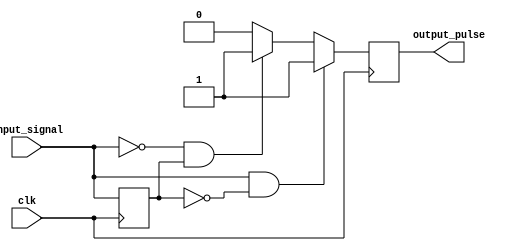
module pulse_edge_detector (
    input wire clk,               // Clock signal
    input wire input_signal,      // Input signal to detect edges
    output reg output_pulse       // Output pulse for one clock cycle on edge detection
);

    // Memory block to store the previous state of input_signal
    reg previous_state;

    // Edge detection logic
    always @(posedge clk) begin
        // Capture the current input signal
        if (input_signal && !previous_state) begin
            // Rising edge detected
            output_pulse <= 1'b1;    // Generate pulse for one clock cycle
        end else if (!input_signal && previous_state) begin
            // Falling edge detected
            output_pulse <= 1'b1;    // Generate pulse for one clock cycle
        end else begin
            output_pulse <= 1'b0;     // No edge detected
        end
        
        // Update the previous state to current input_signal
        previous_state <= input_signal;
    end

endmodule